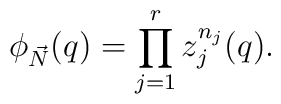
\phi_{\vec{N}}(q)=\prod_{j=1}^rz_j^{n_j}(q).